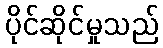
ပိုင်ဆိုင်မှုသည်